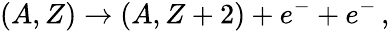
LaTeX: (A,Z)\to(A,Z+2)+e^{-}+e^{-}\, ,